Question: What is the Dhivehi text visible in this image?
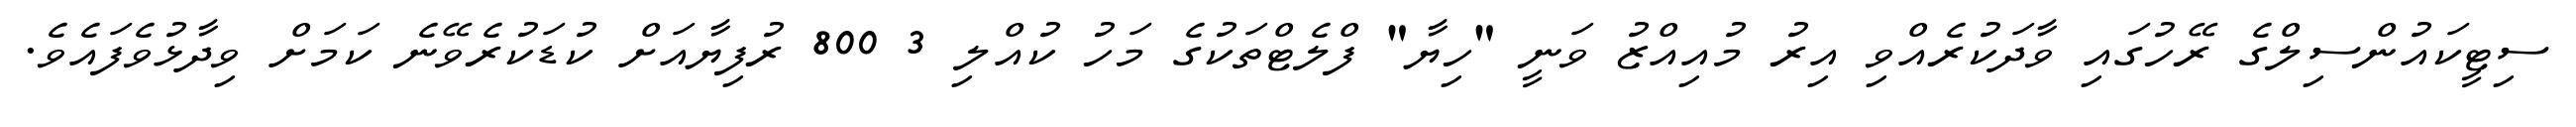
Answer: ސިޓީކައުންސިލްގެ ރޭހުގައި ވާދަކުރެއްވި އިރު މުއިއްޒު ވަނީ "ހިޔާ" ފްލެޓްތަކުގެ މަހު ކުއްލި 3 800 ރުފިޔާއަށް ކުޑަކުރެވޭނެ ކަމަށް ވިދާޅުވެފައެވެ.